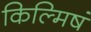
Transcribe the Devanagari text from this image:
किल्मिषं